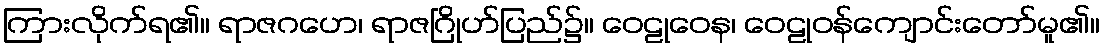
ကြားလိုက်ရ၏။ ရာဇဂဟေ၊ ရာဇဂြိုဟ်ပြည်၌။ ဝေဠုဝေန၊ ဝေဠုဝန်ကျောင်းတော်မူ၏။